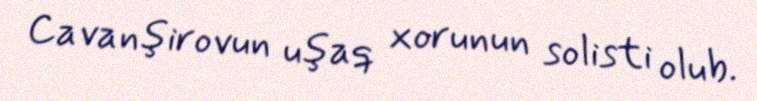
Cavanşirovun uşaq xorunun solisti olub.